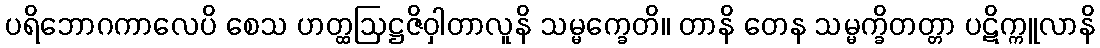
ပရိဘောဂကာလေပိ စေသ ဟတ္ထဩဋ္ဌဇိဝှါတာလူနိ သမ္မက္ခေတိ။ တာနိ တေန သမ္မက္ခိတတ္တာ ပဋိက္ကူလာနိ